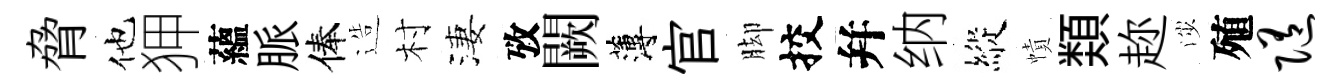
脅他狎蘊脈俸造村淒攷闕薄官脚挍幷纳縱幘𩔖趂渉殖随